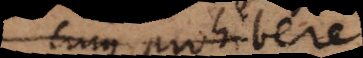
cum prohibere